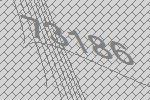
73186